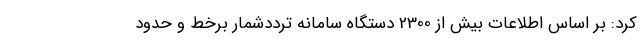
کرد: بر اساس اطلاعات بیش از 2300 دستگاه سامانه ترددشمار برخط و حدود